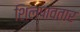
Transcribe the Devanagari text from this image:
शिल्पावतार